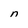
Character: n